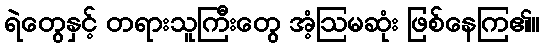
ရဲတွေနှင့် တရားသူကြီးတွေ အံ့ဩမဆုံး ဖြစ်နေကြ၏။